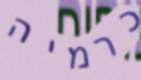
כרמיה